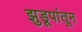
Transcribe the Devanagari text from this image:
झुडूपांतून